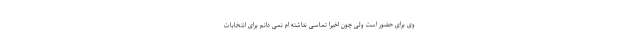
وی برای حضور است ولی چون اخیرا تماسی نداشته ام نمی دانم برای انتخابات